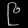
Digit: ၉